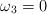
LaTeX: \begin{align*}\omega_3=0 \end{align*}